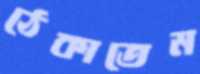
ঠেকাতেম